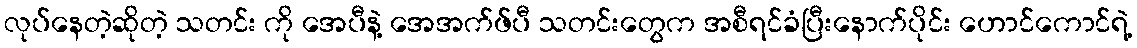
လုပ်နေတဲ့ဆိုတဲ့ သတင်း ကို အေပီနဲ့ အေအက်ဖ်ပီ သတင်းတွေက အစီရင်ခံပြီးနောက်ပိုင်း ဟောင်ကောင်ရဲ့